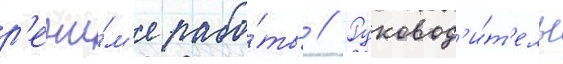
р'ежи́м'е рабо́ты // Руковод'и́т'ель